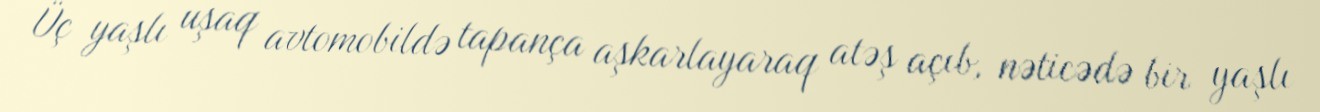
Üç yaşlı uşaq avtomobildə tapança aşkarlayaraq atəş açıb, nəticədə bir yaşlı